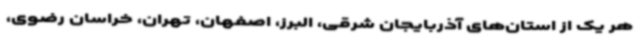
هر یک از استان‌های آذربایجان شرقی، البرز، اصفهان، تهران، خراسان رضوی،